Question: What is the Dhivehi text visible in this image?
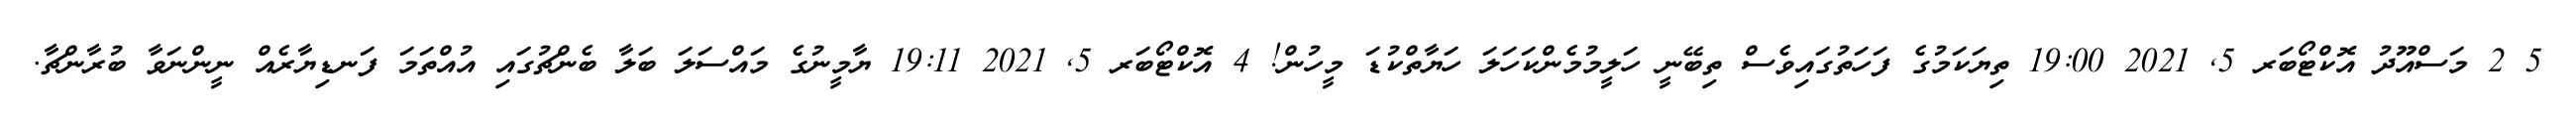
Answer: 5 2 މަސްއޫދު އޮކްޓޯބަރ 5, 2021 19:00 ތިޔަކަމުގެ ފަހަތުގައިވެސް ތިބޭނީ ހަލީމުމެންކަހަލަ ހަޔާތްކުޑަ މީހުން! 4 އޮކްޓޯބަރ 5, 2021 19:11 ޔާމީނުގެ މައްސަލަ ބަލާ ބެންޗުގައި އުއްތަމަ ފަނޑިޔާރެއް ނީންނަވާ ބުރާންޗާ.